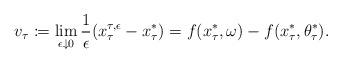
LaTeX: \begin{align*} v_\tau \coloneqq \lim_{\epsilon\downarrow 0} \frac{1}{\epsilon} (x^{\tau,\epsilon}_\tau - x^*_\tau) = f(x^{*}_\tau,\omega) - f(x^*_\tau,\theta^*_\tau). \end{align*}